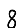
Digit: 8